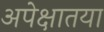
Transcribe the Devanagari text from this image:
अपेक्षातया